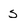
Character: S